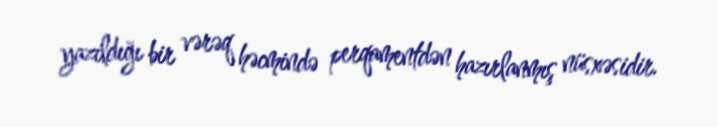
yazıldığı bir vərəq həcmində perqamentdən hazırlanmış nüsxəsidir.